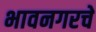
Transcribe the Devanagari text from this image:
भावनगरचे